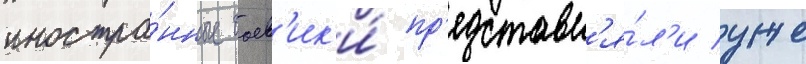
иностра́нные боев'ик'и́ пр'едставл'я́л'и уже